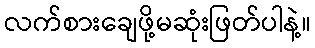
လက်စားချေဖို့မဆုံးဖြတ်ပါနဲ့။